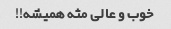
خوب و عالی مثه همیشه!!